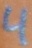
Text: 4